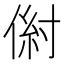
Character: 𰂠